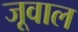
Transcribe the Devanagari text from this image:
जूवाल